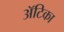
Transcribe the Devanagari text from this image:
अॅटिका